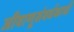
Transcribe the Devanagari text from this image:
जीवाणूसंवर्धकाची